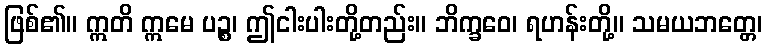
ဖြစ်၏။ ဣတိ ဣမေ ပဉ္စ၊ ဤငါးပါးတို့တည်း။ ဘိက္ခဝေ၊ ရဟန်းတို့။ သမယဘတ္တေ၊